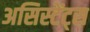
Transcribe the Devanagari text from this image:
असिस्टेंट्स